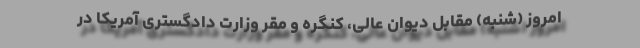
امروز (شنبه) مقابل دیوان عالی، کنگره و مقر وزارت دادگستری آمریکا در